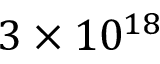
3 \times 1 0 ^ { 1 8 }